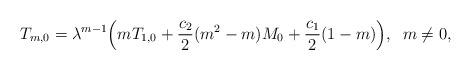
LaTeX: \begin{align*}T_{m,0}=\lambda^{m-1}\Big(mT_{1,0}+\frac{c_2}{2}(m^2-m)M_0+\frac{c_1}{2}(1-m)\Big), \;\;m\neq0,\end{align*}